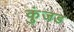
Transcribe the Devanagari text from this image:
कुंजड